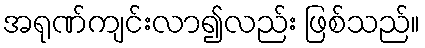
အရုဏ်ကျင်းလာ၍လည်း ဖြစ်သည်။